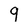
Character: 9